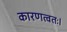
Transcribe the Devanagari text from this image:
कारणत्वतः।